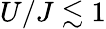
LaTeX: U/J\lesssim 1